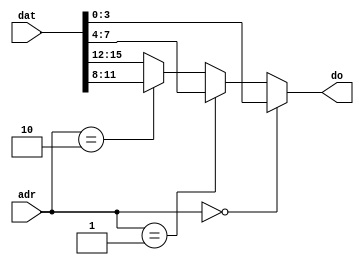
`timescale 1ns / 1ps
//////////////////////////////////////////////////////////////////////////////////
// Company: 
// Engineer: 
// 
// Design Name: 
// Module Name:    MUX16_4 
// Project Name: 
// Target Devices: 
// Tool versions: 
// Description: 
//
// Dependencies: 
//
// Revision: 
// Revision 0.01 - File Created
// Additional Comments: 
//
//////////////////////////////////////////////////////////////////////////////////
module MUX16_4(
    input [15:0] dat,
    input [1:0] adr,
    output wire [3:0] do
    );
assign do = (adr == 0)?dat[3:0]:
				(adr == 1)?dat[7:4]:
				(adr == 2)?dat[11:8]:
							  dat[15:12];

endmodule